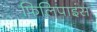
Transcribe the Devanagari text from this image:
फिलिपाइंस